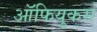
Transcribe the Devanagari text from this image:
ऑफियुकस